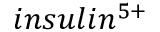
i n s u l i n ^ { 5 + }